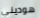
هوديني